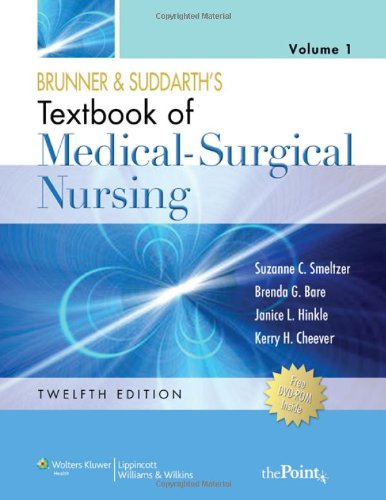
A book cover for Brunner and Suddarth's Textbook of Medical-Surgical Nursing (One Volume Set); Suzanne C. Smeltzer RNC  EdD  FAAN; Medical Books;